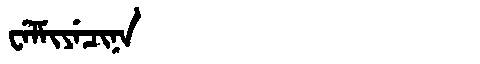
Manchu: ᠸᡝᠯᠮᡳᠶᡝᠴᡳᠨᠠ
Romanization: WELMIYECINA